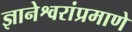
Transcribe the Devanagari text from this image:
ज्ञानेश्वरांप्रमाणे